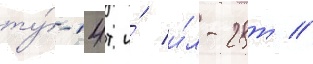
ту́-14т и́ и́л-28т //